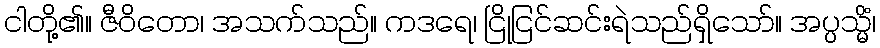
ငါတို့၏။ ဇီဝိတော၊ အသက်သည်။ ကဒရေ၊ ငြိုငြင်ဆင်းရဲသည်ရှိသော်။ အပ္ပသ္မိံ၊